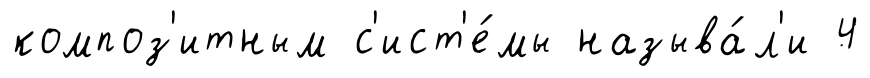
композ'итным с'ист'е́мы называ́л'и 4